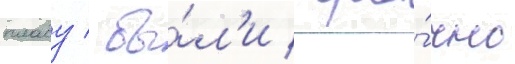
плаву / бы́л'и сро́чно